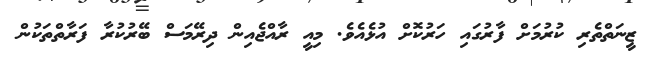
ޒީނަތްތެރި ކުރުމަށް ފާރުގައި ހަރުކޮށް އުޅެއެވެ. މިއީ ރާއްޖެއިން ދިރޭމަސް ބޭރުކުރާ ފަރާތްތަކުން